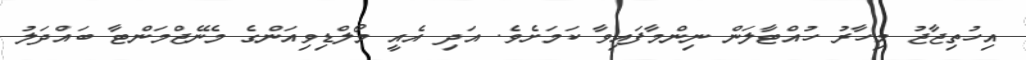
އިހުތިޖާޖު މިހާރު ހުއްޓާލަން ނިންމާފައިވާ ކަމަށެވެ. އަދި އެއީ މޯލްޑިވިއަންގެ މެނޭޖްމަންޓާ ބައްދަލު